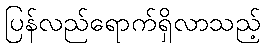
ပြန်လည်ရောက်ရှိလာသည့်